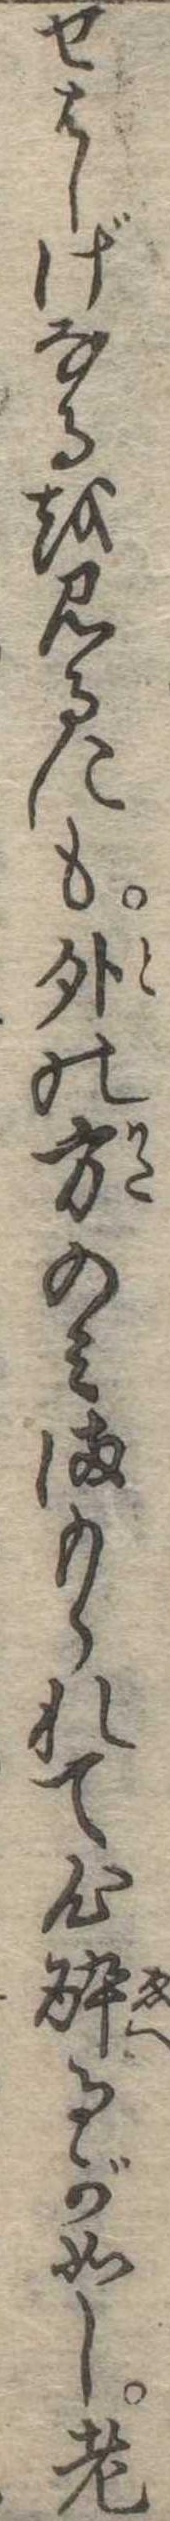
せはしげなるを見るにも外の方のみまもられて心酔るが如し老